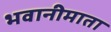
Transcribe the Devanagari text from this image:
भवानीमाता